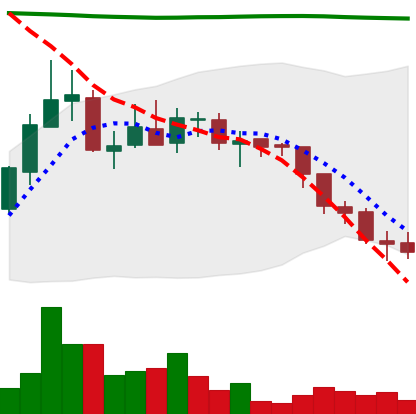
Ticker: ADA-USD
Chart end date: 2018-08-04
Forward return: -3.168%
Label: down_3_5